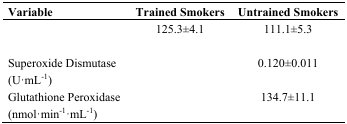
<table><thead><tr><td><b>Variable</b></td><td><b>Trained Smokers</b></td><td><b>Untrained Smokers</b></td></tr></thead><tbody><tr><td>[EMPTY_CELL]</td><td>125.3±4.1</td><td>111.1±5.3</td></tr><tr><td>Superoxide Dismutase (U·mL<sup>−1</sup>)</td><td>[EMPTY_CELL]</td><td>0.120±0.011</td></tr><tr><td>Glutathione Peroxidase (nmol·min<sup>−1</sup>·mL<sup>−1</sup>)</td><td>[EMPTY_CELL]</td><td>134.7±11.1</td></tr></tbody></table>